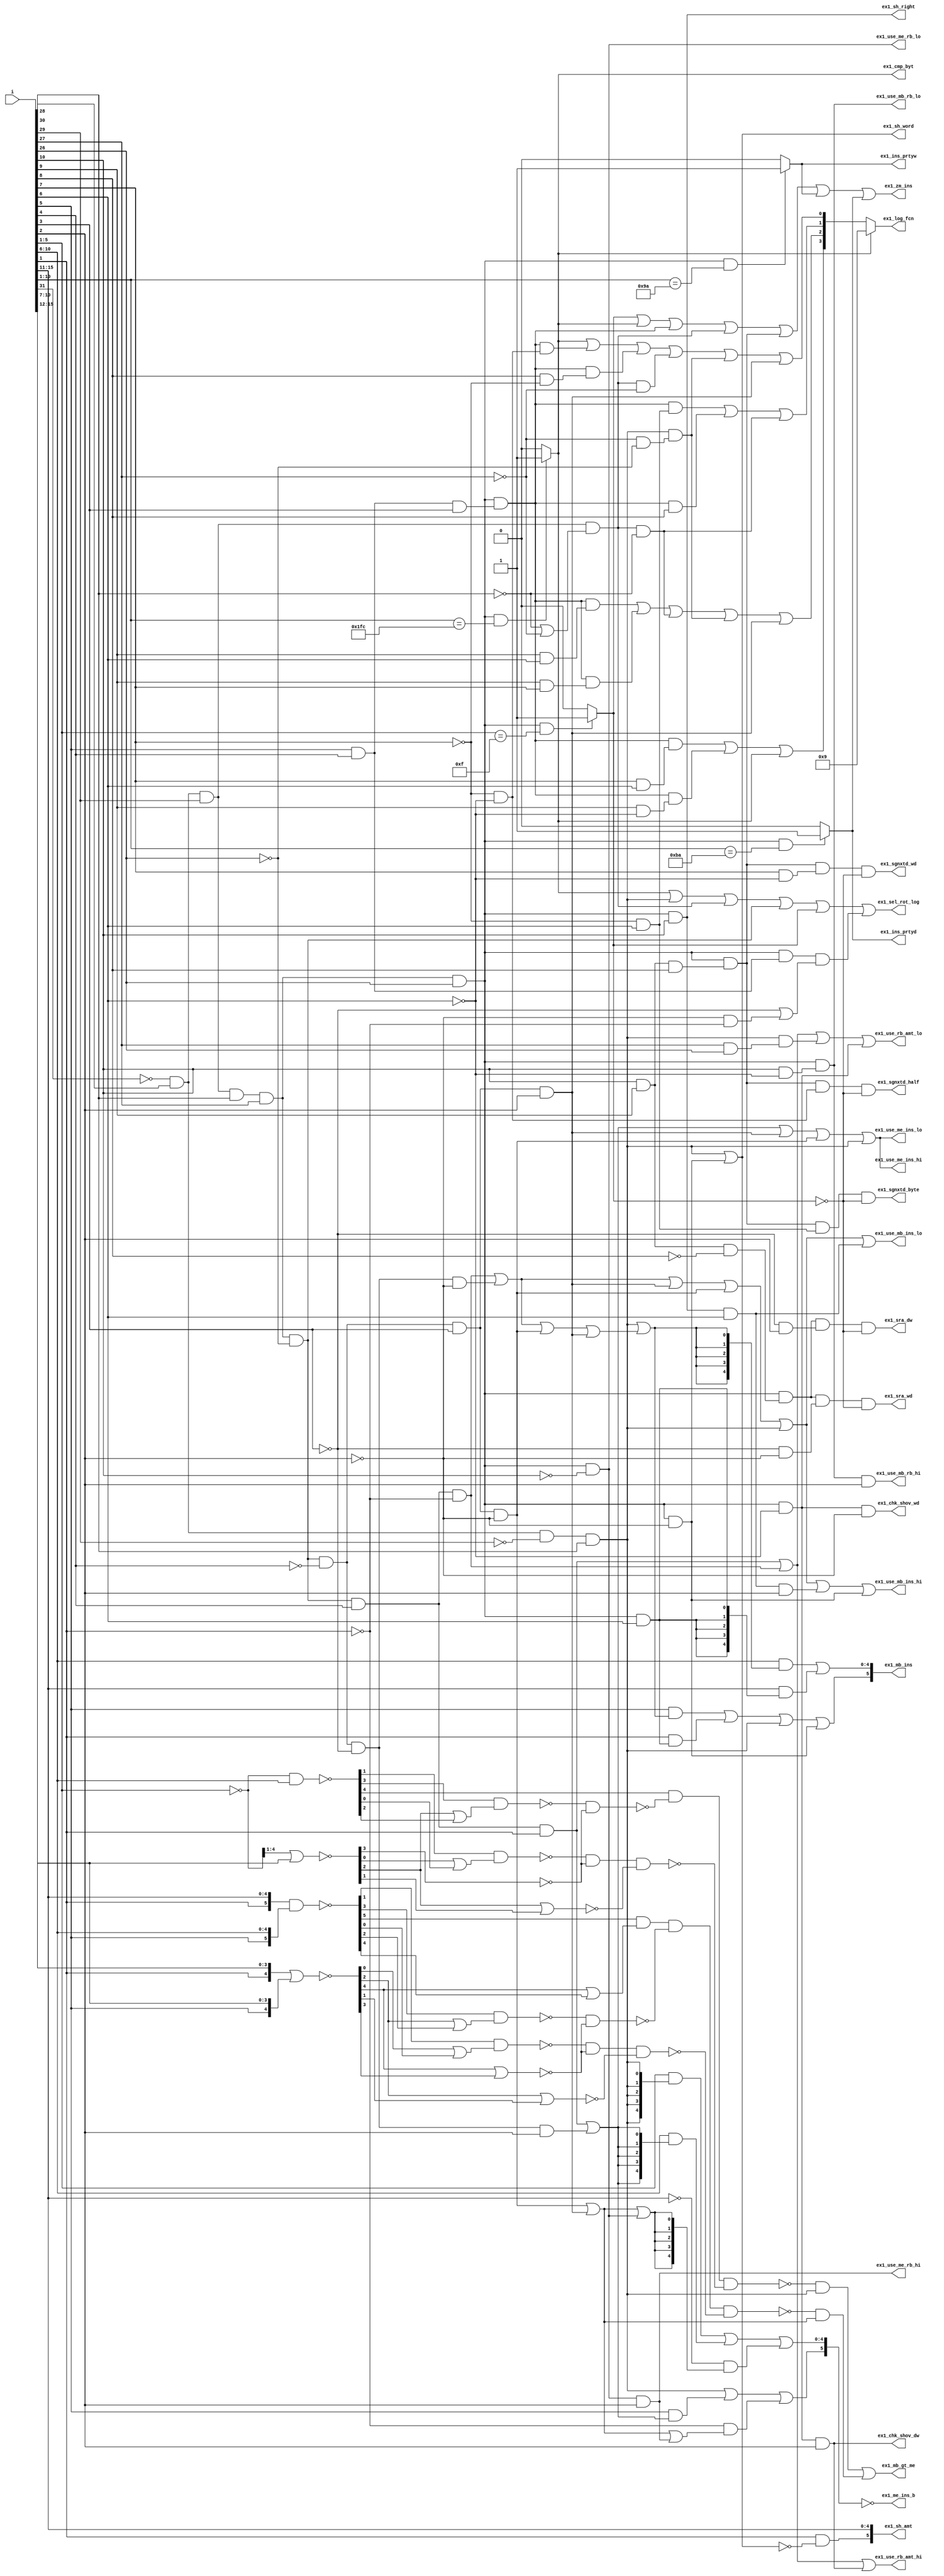
//  IBM Corp. 2020
// Licensed under the Apache License, Version 2.0 (the "License"), as modified by
// the terms below; you may not use the files in this repository except in
// compliance with the License as modified.
// You may obtain a copy of the License at http://www.apache.org/licenses/LICENSE-2.0
//
// Modified Terms:
//
//    1) For the purpose of the patent license granted to you in Section 3 of the
//    License, the "Work" hereby includes implementations of the work of authorship
//    in physical form.
//
//    2) Notwithstanding any terms to the contrary in the License, any licenses
//    necessary for implementation of the Work that are available from OpenPOWER
//    via the Power ISA End User License Agreement (EULA) are explicitly excluded
//    hereunder, and may be obtained from OpenPOWER under the terms and conditions
//    of the EULA.
//
// Unless required by applicable law or agreed to in writing, the reference design
// distributed under the License is distributed on an "AS IS" BASIS, WITHOUT
// WARRANTIES OR CONDITIONS OF ANY KIND, either express or implied. See the License
// for the specific language governing permissions and limitations under the License.
//
// Additional rights, including the ability to physically implement a softcore that
// is compliant with the required sections of the Power ISA Specification, are
// available at no cost under the terms of the OpenPOWER Power ISA EULA, which can be
// obtained (along with the Power ISA) here: https://openpowerfoundation.org.

`timescale 1 ns / 1 ns

//  Description:  XU Rotate/Logical Unit
//
//*****************************************************************************

module tri_st_rot_dec(
   i,
   ex1_zm_ins,
   ex1_mb_ins,
   ex1_me_ins_b,
   ex1_sh_amt,
   ex1_sh_right,
   ex1_sh_word,
   ex1_use_rb_amt_hi,
   ex1_use_rb_amt_lo,
   ex1_use_me_rb_hi,
   ex1_use_me_rb_lo,
   ex1_use_mb_rb_hi,
   ex1_use_mb_rb_lo,
   ex1_use_me_ins_hi,
   ex1_use_me_ins_lo,
   ex1_use_mb_ins_hi,
   ex1_use_mb_ins_lo,
   ex1_ins_prtyw,
   ex1_ins_prtyd,
   ex1_chk_shov_wd,
   ex1_chk_shov_dw,
   ex1_mb_gt_me,
   ex1_cmp_byt,
   ex1_sgnxtd_byte,
   ex1_sgnxtd_half,
   ex1_sgnxtd_wd,
   ex1_sra_dw,
   ex1_sra_wd,
   ex1_log_fcn,
   ex1_sel_rot_log
);
   input [0:31] i;

   output       ex1_zm_ins;
   output [0:5] ex1_mb_ins;
   output [0:5] ex1_me_ins_b;
   output [0:5] ex1_sh_amt;
   output       ex1_sh_right;
   output       ex1_sh_word;

   output       ex1_use_rb_amt_hi;
   output       ex1_use_rb_amt_lo;
   output       ex1_use_me_rb_hi;
   output       ex1_use_me_rb_lo;
   output       ex1_use_mb_rb_hi;
   output       ex1_use_mb_rb_lo;
   output       ex1_use_me_ins_hi;
   output       ex1_use_me_ins_lo;
   output       ex1_use_mb_ins_hi;
   output       ex1_use_mb_ins_lo;
   output       ex1_ins_prtyw;
   output       ex1_ins_prtyd;

   output       ex1_chk_shov_wd;
   output       ex1_chk_shov_dw;
   output       ex1_mb_gt_me;

   output       ex1_cmp_byt;

   output       ex1_sgnxtd_byte;
   output       ex1_sgnxtd_half;
   output       ex1_sgnxtd_wd;
   output       ex1_sra_dw;
   output       ex1_sra_wd;

   output [0:3] ex1_log_fcn;

   output       ex1_sel_rot_log;

   wire         cmp_byt;
   wire         rotlw;
   wire         imm_log;
   wire         rotld;
   wire         x31;
   wire         f0_xxxx00;
   wire         f0_xxx0xx;
   wire         f0_xxxx0x;
   wire         f1_1xxxx;
   wire         f1_111xx;
   wire         f1_110xx;
   wire         f1_x1x1x;
   wire         f1_x1xx0;
   wire         f1_x1xx1;
   wire         f1_xxx00;
   wire         f1_xxx11;
   wire         f1_xx10x;
   wire         f2_11xxx;
   wire         f2_xx0xx;
   wire         f2_xxx00;
   wire         f2_xxx0x;
   wire         f2_111xx;
   wire         f1_xxx01;
   wire         f1_xxx10;
   wire         f2_xx01x;
   wire         f2_xx00x;
   wire         rotlw_nm;
   wire         rotlw_pass;
   wire         rotld_pass;
   wire         sh_lft_rb;
   wire         sh_lft_rb_dw;
   wire         sh_rgt;
   wire         sh_rgt_rb;
   wire         sh_rgt_rb_dw;
   wire         shift_imm;
   wire         sh_rb;
   wire         sh_rb_dw;
   wire         sh_rb_wd;
   wire         x31_sh_log_sgn;
   wire         op_sgn_xtd;
   wire         op_sra;
   wire         wd_if_sh;
   wire         xtd_log;
   wire         sh_word_int;
   wire         imm_xor_or;
   wire         imm_and_or;
   wire         xtd_nor;
   wire         xtd_eqv_orc_nand;
   wire         xtd_nand;
   wire         xtd_andc_xor_or;
   wire         xtd_and_eqv_orc;
   wire         xtd_or_orc;
   wire         xtd_xor_or;
   wire         sel_ins_amt_hi;
   wire         sel_ins_me_lo_wd;
   wire         sel_ins_me_lo_dw;
   wire         sel_ins_amt_lo;
   wire         sel_ins_me_hi;
   wire         rot_imm_mb;
   wire         gt5_g_45;
   wire         gt5_g_23;
   wire         gt5_g_1;
   wire         gt5_t_23;
   wire         gt5_t_1;
   wire         mb_gt_me_cmp_wd0_b;
   wire         mb_gt_me_cmp_wd1_b;
   wire         mb_gt_me_cmp_wd2_b;
   wire         mb_gt_me_cmp_wd;
   wire         gt6_g_45;
   wire         gt6_g_23;
   wire         gt6_g_01;
   wire         gt6_t_23;
   wire         gt6_t_01;
   wire         mb_gt_me_cmp_dw0_b;
   wire         mb_gt_me_cmp_dw1_b;
   wire         mb_gt_me_cmp_dw2_b;
   wire         mb_gt_me_cmp_dw;
   wire [0:5]   me_ins;
   wire [1:5]   gt5_in0;
   wire [1:5]   gt5_in1;
   wire [0:5]   gt6_in0;
   wire [0:5]   gt6_in1;
   wire [1:5]   gt5_g_b;
   wire [1:4]   gt5_t_b;
   wire [0:5]   gt6_g_b;
   wire [0:4]   gt6_t_b;
   wire         f0_xxxx11;
   wire         f1_0xxxx;
   wire         f1_1xxx0;
   wire         f1_xxxx0;
   wire         f1_xxxx1;
   wire         f2_xxx1x;
   wire         f1_xx1xx;
   wire         xtd_nand_or_orc;
   wire         rld_cr;
   wire         rld_cl;
   wire         rld_icr;
   wire         rld_icl;
   wire         rld_ic;
   wire         rld_imi;
   wire         sh_lft_imm_dw;
   wire         sh_lft_imm;
   wire         sh_rgt_imm_dw;
   wire         sh_rgt_imm;
   wire         rotld_en_mbgtme;
   wire [0:3]   rf1_log_fcn;
   wire         isel;
   wire         prtyw;
   wire         prtyd;

   //--------------------------------------------------
   // decode primary field opcode bits [0:5]        ---
   //--------------------------------------------------
   assign ex1_ins_prtyw = prtyw;
   assign ex1_ins_prtyd = prtyd;

   assign isel = (x31 == 1'b1 & i[26:30] == 5'b01111) ? 1'b1 :
                 1'b0;

   assign cmp_byt = (x31 == 1'b1 & i[21:30] == 10'b0111111100) ? 1'b1 : 		// 31/508
                    1'b0;
   assign prtyw = (x31 == 1'b1 & i[21:30] == 10'b0010011010) ? 1'b1 : 		// 31/154
                  1'b0;
   assign prtyd = (x31 == 1'b1 & i[21:30] == 10'b0010111010) ? 1'b1 : 		// 31/186
                  1'b0;

   assign rotlw = (~i[0]) & i[1] & (~i[2]) & i[3];		//0101xx (20:23)
   assign imm_log = (~i[0]) & i[1] & i[2] & ((~i[3]) | (~i[4]));		//0110xx (24:27)
   //01110x (28,29)
   assign rotld = (~i[0]) & i[1] & i[2] & i[3] & i[4] & (~i[5]);		//011110 (30)
   assign x31 = (~i[0]) & i[1] & i[2] & i[3] & i[4] & i[5];		//011111 (31)

   assign f0_xxxx00 = (~i[4]) & (~i[5]);
   assign f0_xxx0xx = (~i[3]);
   assign f0_xxxx0x = (~i[4]);
   assign f0_xxxx11 = i[4] & i[5];

   //---------------------------------------------------
   // decode i(21:25)
   //---------------------------------------------------

   assign f1_0xxxx = (~i[21]);
   assign f1_110xx = i[21] & i[22] & (~i[23]);
   assign f1_111xx = i[21] & i[22] & i[23];
   assign f1_1xxx0 = i[21] & (~i[25]);
   assign f1_1xxxx = i[21];
   assign f1_x1x1x = i[22] & i[24];
   assign f1_xx1xx = i[23];
   assign f1_x1xx0 = i[22] & (~i[25]);
   assign f1_x1xx1 = i[22] & i[25];
   assign f1_xx10x = i[23] & (~i[24]);
   assign f1_xxx01 = (~i[24]) & i[25];
   assign f1_xxx11 = i[24] & i[25];
   assign f1_xxxx0 = (~i[25]);
   assign f1_xxxx1 = i[25];
   assign f1_xxx00 = (~i[24]) & (~i[25]);
   assign f1_xxx10 = i[24] & (~i[25]);

   //---------------------------------------------------
   // decode i(26:30)
   //---------------------------------------------------

   assign f2_11xxx = i[26] & i[27];		// shifts / logicals / sign_xtd
   assign f2_xxx0x = (~i[29]);		// word / double
   assign f2_111xx = i[26] & i[27] & i[28];
   assign f2_xx01x = (~i[28]) & i[29];
   assign f2_xx00x = (~i[28]) & (~i[29]);
   assign f2_xxx1x = i[29];

   assign f2_xx0xx = (~i[28]);
   assign f2_xxx00 = (~i[29]) & (~i[30]);

   assign rotlw_nm = rotlw & f0_xxxx11;
   assign rotlw_pass = rotlw & f0_xxxx00;

   assign rotld_pass = rld_imi;

   assign sh_lft_rb = x31 & f1_0xxxx;
   assign sh_lft_rb_dw = x31 & f1_0xxxx & f2_xxx1x;
   assign sh_rgt = x31 & f1_1xxxx;
   assign sh_rgt_rb = x31 & f1_1xxx0;
   assign sh_rgt_rb_dw = x31 & f1_1xxx0 & f2_xxx1x;
   assign shift_imm = x31 & f1_xxxx1;
   assign sh_rb = x31 & f1_xxxx0;
   assign sh_rb_dw = x31 & f1_xxxx0 & f2_xxx1x;
   assign sh_rb_wd = x31 & f1_xxxx0 & f2_xxx0x;
   assign x31_sh_log_sgn = x31 & f2_11xxx & (f2_xx0xx | f2_xxx00);		// Exclude loads/stores
   assign op_sgn_xtd = x31 & f1_111xx;
   assign op_sra = x31 & f1_110xx;
   assign wd_if_sh = x31 & f2_xxx0x;
   assign xtd_log = x31 & f2_111xx;

   assign sh_lft_imm_dw = 0;
   assign sh_lft_imm = 0;
   assign sh_rgt_imm_dw = x31 & i[21] & i[25] & i[29];
   assign sh_rgt_imm = x31 & i[21] & i[25];

   //---------------------------------------------------
   // output signal
   //---------------------------------------------------
   assign ex1_cmp_byt = cmp_byt;

   // (select to rot/log result instead of the adder result)
   assign ex1_sel_rot_log = (cmp_byt) | (rotlw) | (imm_log) | (rotld) | (isel) | (x31_sh_log_sgn);
   // prtyw, prtyd already included here....

   // (zero out the mask to pass "insert_data" as the result)
   // This latched, full decode ok.
   assign ex1_zm_ins = (isel) | (cmp_byt) | (xtd_log) | (imm_log) | (op_sgn_xtd) | (prtyw) | (prtyd);		// sgn extends

   // (only needs to be correct when shifting)
   assign ex1_sh_right = sh_rgt;

   assign sh_word_int = (rotlw) | (wd_if_sh);

   // (only needs to be correct when shifting)
   assign ex1_sh_word = sh_word_int;

   assign ex1_sgnxtd_byte = op_sgn_xtd & f1_xxx01 & (~isel);
   assign ex1_sgnxtd_half = op_sgn_xtd & f1_xxx00 & (~isel);
   assign ex1_sgnxtd_wd = op_sgn_xtd & f1_xxx10 & (~isel);
   assign ex1_sra_dw = op_sra & f2_xx01x & (~isel);
   assign ex1_sra_wd = op_sra & f2_xx00x & (~isel);

   assign imm_xor_or = f0_xxx0xx;
   assign imm_and_or = f0_xxxx0x;
   assign xtd_nor = f1_xxx11;
   assign xtd_eqv_orc_nand = f1_x1xx0;
   assign xtd_nand = f1_x1x1x;
   assign xtd_nand_or_orc = f1_xx1xx;
   assign xtd_andc_xor_or = f1_xxx01;
   assign xtd_and_eqv_orc = f1_xxx00;
   assign xtd_or_orc = f1_xx10x;
   assign xtd_xor_or = f1_x1xx1;

   assign ex1_log_fcn = (cmp_byt == 1'b1) ? 4'b1001 : 		// xtd_log nor
                        rf1_log_fcn;
   assign rf1_log_fcn[0] = (xtd_log & xtd_nor) | (xtd_log & xtd_eqv_orc_nand) | (cmp_byt);		// xtd_log eqv,orc,nand
   // xnor

   // xtd_log xor,or
   // xor,or
   // pass  rlwimi
   assign rf1_log_fcn[1] = (xtd_log & xtd_xor_or) | (xtd_log & xtd_nand) | (imm_log & imm_xor_or) | (rotlw_pass) | (rotld_pass);		// xtd_log nand
   // pass  rldimi

   // xtd_log andc,xor,or
   assign rf1_log_fcn[2] = (xtd_log & xtd_andc_xor_or) | (xtd_log & xtd_nand_or_orc) | (imm_log & imm_xor_or);		// xtd_log nand_or_orc
   // xor,or

   // xnor
   // xtd_log or,orc
   // and,or
   // pass  rlwimi
   assign rf1_log_fcn[3] = (cmp_byt) | (xtd_log & xtd_and_eqv_orc) | (xtd_log & xtd_or_orc) | (imm_log & imm_and_or) | (rotlw_pass) | (rotld_pass);		// xtd_log and,eqv_orc
   // pass  rldimi

   assign ex1_chk_shov_dw = (sh_rb_dw);
   assign ex1_chk_shov_wd = (sh_rb_wd);

   //---------------------------------------------

   assign ex1_me_ins_b[0:5] = (~me_ins[0:5]);

   assign me_ins[0] = (rotlw) | (i[26] & sel_ins_me_hi) | ((~i[30]) & sel_ins_amt_hi);		// force_msb

   assign me_ins[1:5] = (i[26:30] & {5{sel_ins_me_lo_wd}}) | (i[21:25] & {5{sel_ins_me_lo_dw}}) | ((~i[16:20]) & {5{sel_ins_amt_lo}});

   assign sel_ins_me_lo_wd = rotlw;
   assign sel_ins_me_lo_dw = rld_cr | rld_icr;

   assign sel_ins_amt_lo = rld_ic | rld_imi | sh_lft_rb;
   assign sel_ins_amt_hi = rld_ic | rld_imi | sh_lft_rb_dw;
   assign sel_ins_me_hi = rld_cr | rld_icr;

   assign ex1_use_me_rb_hi = (sh_lft_rb_dw);
   assign ex1_use_me_rb_lo = (sh_lft_rb);

   assign ex1_use_me_ins_hi = rld_cr | rld_icr | rld_imi | rld_ic | rotlw | sh_lft_imm_dw;
   assign ex1_use_me_ins_lo = rld_cr | rld_icr | rld_imi | rld_ic | rotlw | sh_lft_imm;

   assign rld_icl = rotld & (~i[27]) & (~i[28]) & (~i[29]);
   assign rld_icr = rotld & (~i[27]) & (~i[28]) & i[29];
   assign rld_ic = rotld & (~i[27]) & i[28] & (~i[29]);
   assign rld_imi = rotld & (~i[27]) & i[28] & i[29];
   assign rld_cl = rotld & i[27] & (~i[30]);
   assign rld_cr = rotld & i[27] & i[30];

   //---------------------------------------------

   assign ex1_mb_ins[0] = (i[26] & rot_imm_mb) | (i[30] & shift_imm) | (rotlw) | (wd_if_sh);		// force_msb
   // force_msb

   assign ex1_mb_ins[1:5] = (i[21:25] & {5{rot_imm_mb}}) | (i[16:20] & {5{shift_imm}});

   assign rot_imm_mb = (rotlw) | (rld_cl | rld_icl | rld_ic | rld_imi);

   assign ex1_use_mb_rb_lo = sh_rgt_rb;
   assign ex1_use_mb_rb_hi = sh_rgt_rb_dw;
   assign ex1_use_mb_ins_hi = rld_cl | rld_icl | rld_imi | rld_ic | rotlw | sh_rgt_imm_dw | wd_if_sh;
   assign ex1_use_mb_ins_lo = rld_cl | rld_icl | rld_imi | rld_ic | rotlw | sh_rgt_imm;

   //---------------------------------------------

   assign ex1_use_rb_amt_hi = (rld_cr) | (rld_cl) | (sh_rb_dw);

   assign ex1_use_rb_amt_lo = (rld_cr) | (rld_cl) | (rotlw_nm) | (sh_rb);		// rlwnm

   assign ex1_sh_amt[0] = i[30] & (~sh_word_int);
   assign ex1_sh_amt[1:5] = i[16:20];

   //---------------------------------------------

   assign rotld_en_mbgtme = rld_imi | rld_ic;

   assign ex1_mb_gt_me = (mb_gt_me_cmp_wd & rotlw) | (mb_gt_me_cmp_dw & rotld_en_mbgtme);		// rldic,rldimi

   //-------------------------------------------

   assign gt5_in1[1:5] = i[21:25];		// mb
   assign gt5_in0[1:5] = (~i[26:30]);		// me

   assign gt6_in1[0:5] = {i[26], i[21:25]};		// mb
   assign gt6_in0[0:5] = {i[30], i[16:20]};		// me not( not amt )

   //------------------------------------------

   assign gt5_g_b[1:5] = (~(gt5_in0[1:5] & gt5_in1[1:5]));
   assign gt5_t_b[1:4] = (~(gt5_in0[1:4] | gt5_in1[1:4]));

   assign gt5_g_45 = (~(gt5_g_b[4] & (gt5_t_b[4] | gt5_g_b[5])));
   assign gt5_g_23 = (~(gt5_g_b[2] & (gt5_t_b[2] | gt5_g_b[3])));
   assign gt5_g_1 = (~(gt5_g_b[1]));

   assign gt5_t_23 = (~(gt5_t_b[2] | gt5_t_b[3]));
   assign gt5_t_1 = (~(gt5_t_b[1]));

   assign mb_gt_me_cmp_wd0_b = (~(gt5_g_1));
   assign mb_gt_me_cmp_wd1_b = (~(gt5_g_23 & gt5_t_1));
   assign mb_gt_me_cmp_wd2_b = (~(gt5_g_45 & gt5_t_1 & gt5_t_23));

   assign mb_gt_me_cmp_wd = (~(mb_gt_me_cmp_wd0_b & mb_gt_me_cmp_wd1_b & mb_gt_me_cmp_wd2_b));

   //--------------------------------------------

   assign gt6_g_b[0:5] = (~(gt6_in0[0:5] & gt6_in1[0:5]));
   assign gt6_t_b[0:4] = (~(gt6_in0[0:4] | gt6_in1[0:4]));

   assign gt6_g_45 = (~(gt6_g_b[4] & (gt6_t_b[4] | gt6_g_b[5])));
   assign gt6_g_23 = (~(gt6_g_b[2] & (gt6_t_b[2] | gt6_g_b[3])));
   assign gt6_g_01 = (~(gt6_g_b[0] & (gt6_t_b[0] | gt6_g_b[1])));

   assign gt6_t_23 = (~(gt6_t_b[2] | gt6_t_b[3]));
   assign gt6_t_01 = (~(gt6_t_b[0] | gt6_t_b[1]));

   assign mb_gt_me_cmp_dw0_b = (~(gt6_g_01));
   assign mb_gt_me_cmp_dw1_b = (~(gt6_g_23 & gt6_t_01));
   assign mb_gt_me_cmp_dw2_b = (~(gt6_g_45 & gt6_t_01 & gt6_t_23));

   assign mb_gt_me_cmp_dw = (~(mb_gt_me_cmp_dw0_b & mb_gt_me_cmp_dw1_b & mb_gt_me_cmp_dw2_b));


endmodule